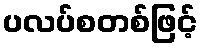
ပလပ်စတစ်ဖြင့်